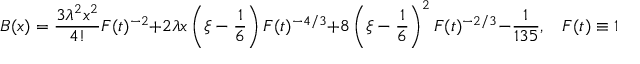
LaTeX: B ( x ) = \frac { 3 \lambda ^ { 2 } x ^ { 2 } } { 4 ! } F ( t ) ^ { - 2 } + 2 \lambda x \left( \xi - \frac { 1 } { 6 } \right) F ( t ) ^ { - 4 / 3 } + 8 \left( \xi - \frac { 1 } { 6 } \right) ^ { 2 } F ( t ) ^ { - 2 / 3 } - \frac { 1 } { 1 3 5 } , \ \ \ \ F ( t ) \equiv 1 - \frac { 3 \lambda t } { ( 4 \pi ) ^ { 2 } } .